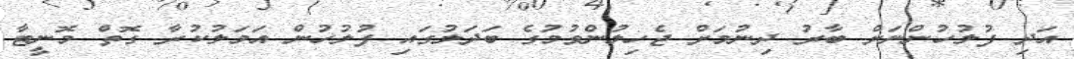
އަދި ފުލުހުންނަށް ބާރު ދިނުމަށް ޖެހިލުންވުމުގެ ބަދަލުގައި ފުލުހުން އަމަލުކުރާ ގޮތް މޮނީޓާ